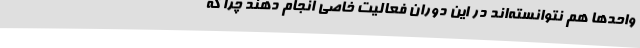
واحدها هم نتوانسته‌اند در این دوران فعالیت خاصی انجام دهند چرا که